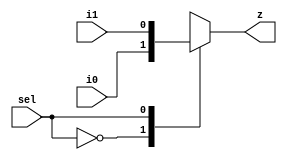

module mux_2x1(i0,i1,sel,z);

input i0,i1,sel;
output z;

reg z;

always@(sel, i0, i1)
	case(sel)
	0: z=i0;
	1: z=i1;
	endcase
endmodule